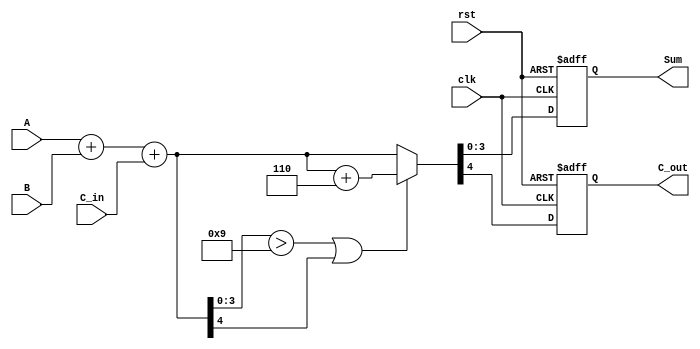
module BCD_Synchronous_Adder (
    input wire [3:0] A,        // First BCD digit
    input wire [3:0] B,        // Second BCD digit
    input wire C_in,           // Carry input
    input wire clk,            // Clock signal
    input wire rst,            // Reset signal
    output reg [3:0] Sum,      // BCD output
    output reg C_out           // Carry output
);

    reg [4:0] full_sum;        // 5-bit full sum to accommodate overflow
    reg [4:0] adjusted_sum;    // Adjusted sum after possible correction

    always @(posedge clk or posedge rst) begin
        if (rst) begin
            Sum <= 4'b0000;   // Reset Sum output
            C_out <= 1'b0;    // Reset carry output
        end else begin
            // Step 1: Calculate the full sum
            full_sum = A + B + C_in;

            // Step 2: Check for BCD correction
            if (full_sum[3:0] > 4'b1001 || full_sum[4] == 1) begin
                // Apply BCD correction
                adjusted_sum = full_sum + 5'b00110; // Add 6 in binary
            end else begin
                adjusted_sum = full_sum; // No correction needed
            end

            // Step 3: Assign the results to outputs
            Sum <= adjusted_sum[3:0]; // Take the lower 4 bits as the BCD sum
            C_out <= adjusted_sum[4];  // Carry out is the 5th bit of adjusted sum
        end
    end

endmodule